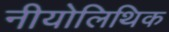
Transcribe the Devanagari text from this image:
नीयोलिथिक